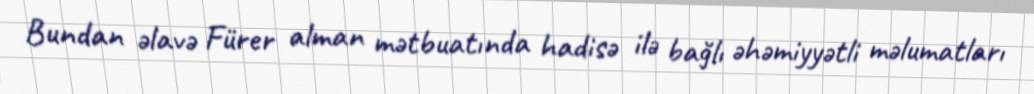
Bundan əlavə Fürer alman mətbuatında hadisə ilə bağlı əhəmiyyətli məlumatları